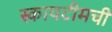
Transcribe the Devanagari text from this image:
स्कायटीमची